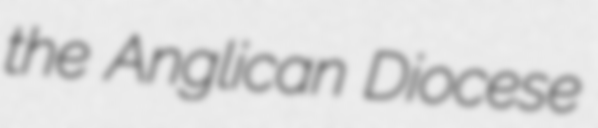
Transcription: the Anglican Diocese